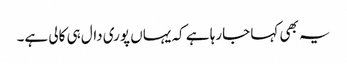
یہ بھی کہا جارہا ہے کہ یہاں پوری دال ہی کالی ہے۔